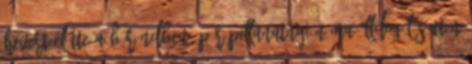
hevert előtte a bőröndben. Pár pillanatnyi néma álldogálás után